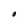
Character: O